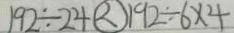
1 9 2 \div 2 4 \textcircled { < } 1 9 2 \div 6 \times 4